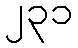
၂၃၁